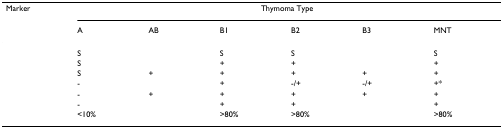
<table><thead><tr><td><b>Marker</b></td><td colspan="6"><b>Thymoma Type</b></td></tr><tr><td>[EMPTY_CELL]</td><td><b>A</b></td><td><b>AB</b></td><td><b>B1</b></td><td><b>B2</b></td><td><b>B3</b></td><td><b>MNT</b></td></tr></thead><tbody><tr><td>[EMPTY_CELL]</td><td>S</td><td>[EMPTY_CELL]</td><td>S</td><td>S</td><td>[EMPTY_CELL]</td><td>S</td></tr><tr><td>[EMPTY_CELL]</td><td>S</td><td>[EMPTY_CELL]</td><td>+</td><td>+</td><td>[EMPTY_CELL]</td><td>+</td></tr><tr><td>[EMPTY_CELL]</td><td>S</td><td>+</td><td>+</td><td>+</td><td>+</td><td>+</td></tr><tr><td>[EMPTY_CELL]</td><td>-</td><td>[EMPTY_CELL]</td><td>+</td><td>-/+</td><td>-/+</td><td>+*</td></tr><tr><td>[EMPTY_CELL]</td><td>-</td><td>+</td><td>+</td><td>+</td><td>+</td><td>+</td></tr><tr><td>[EMPTY_CELL]</td><td>-</td><td>[EMPTY_CELL]</td><td>+</td><td>+</td><td>[EMPTY_CELL]</td><td>+</td></tr><tr><td>[EMPTY_CELL]</td><td>&lt;10%</td><td>[EMPTY_CELL]</td><td>&gt;80%</td><td>&gt;80%</td><td>[EMPTY_CELL]</td><td>&gt;80%</td></tr></tbody></table>